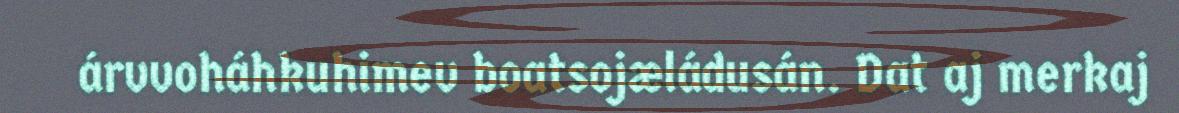
árvvoháhkuhimev boatsojæládusán. Dat aj merkaj